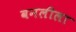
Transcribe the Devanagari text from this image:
वनलीला